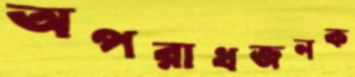
অপরাধজনক